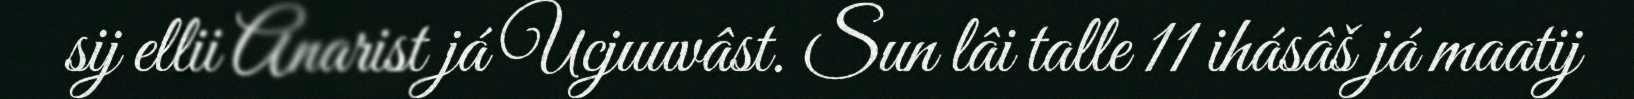
sij ellii Anarist já Ucjuuvâst. Sun lâi talle 11 ihásâš já maatij